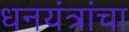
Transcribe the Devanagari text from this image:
धनयंत्रांचा